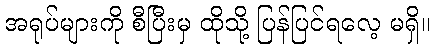
အရုပ်များကို စီပြီးမှ ထိုသို့ ပြန်ပြင်ရလေ့ မရှိ။